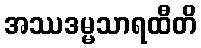
အဿဒမ္မသာရထီတိ